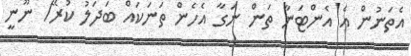
އެތަނުން އެ އެންޓަނާ ތަން ނަގާ އެހެން ތަނަކައް ބަދަލު ކުރޭ/ ނޫނީ